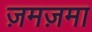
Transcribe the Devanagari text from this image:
ज़मज़मा